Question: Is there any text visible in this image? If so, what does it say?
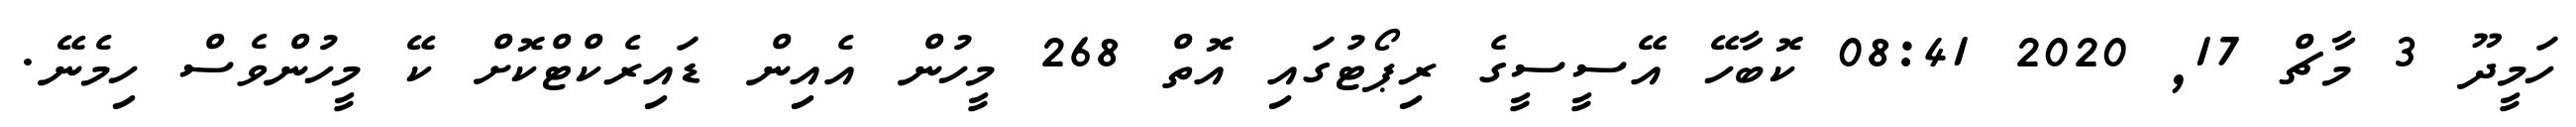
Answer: ހަމީދޫ 3 މާޗް 17, 2020 08:41 ކޮބާހޭ އޭސީސީގެ ރިޕޯޓުގައި އޮތް 268 މީހުން އެއިން ޑައިރެކްޓްކޮށް ކޭ މީހުންވެސް ހިމެނޭ.